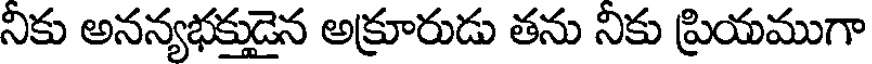
నికు అనన్యభక్తుడైన అక్రూరుడు తను నికు ప్రియముగా